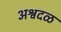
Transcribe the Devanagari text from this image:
अश्वदळ